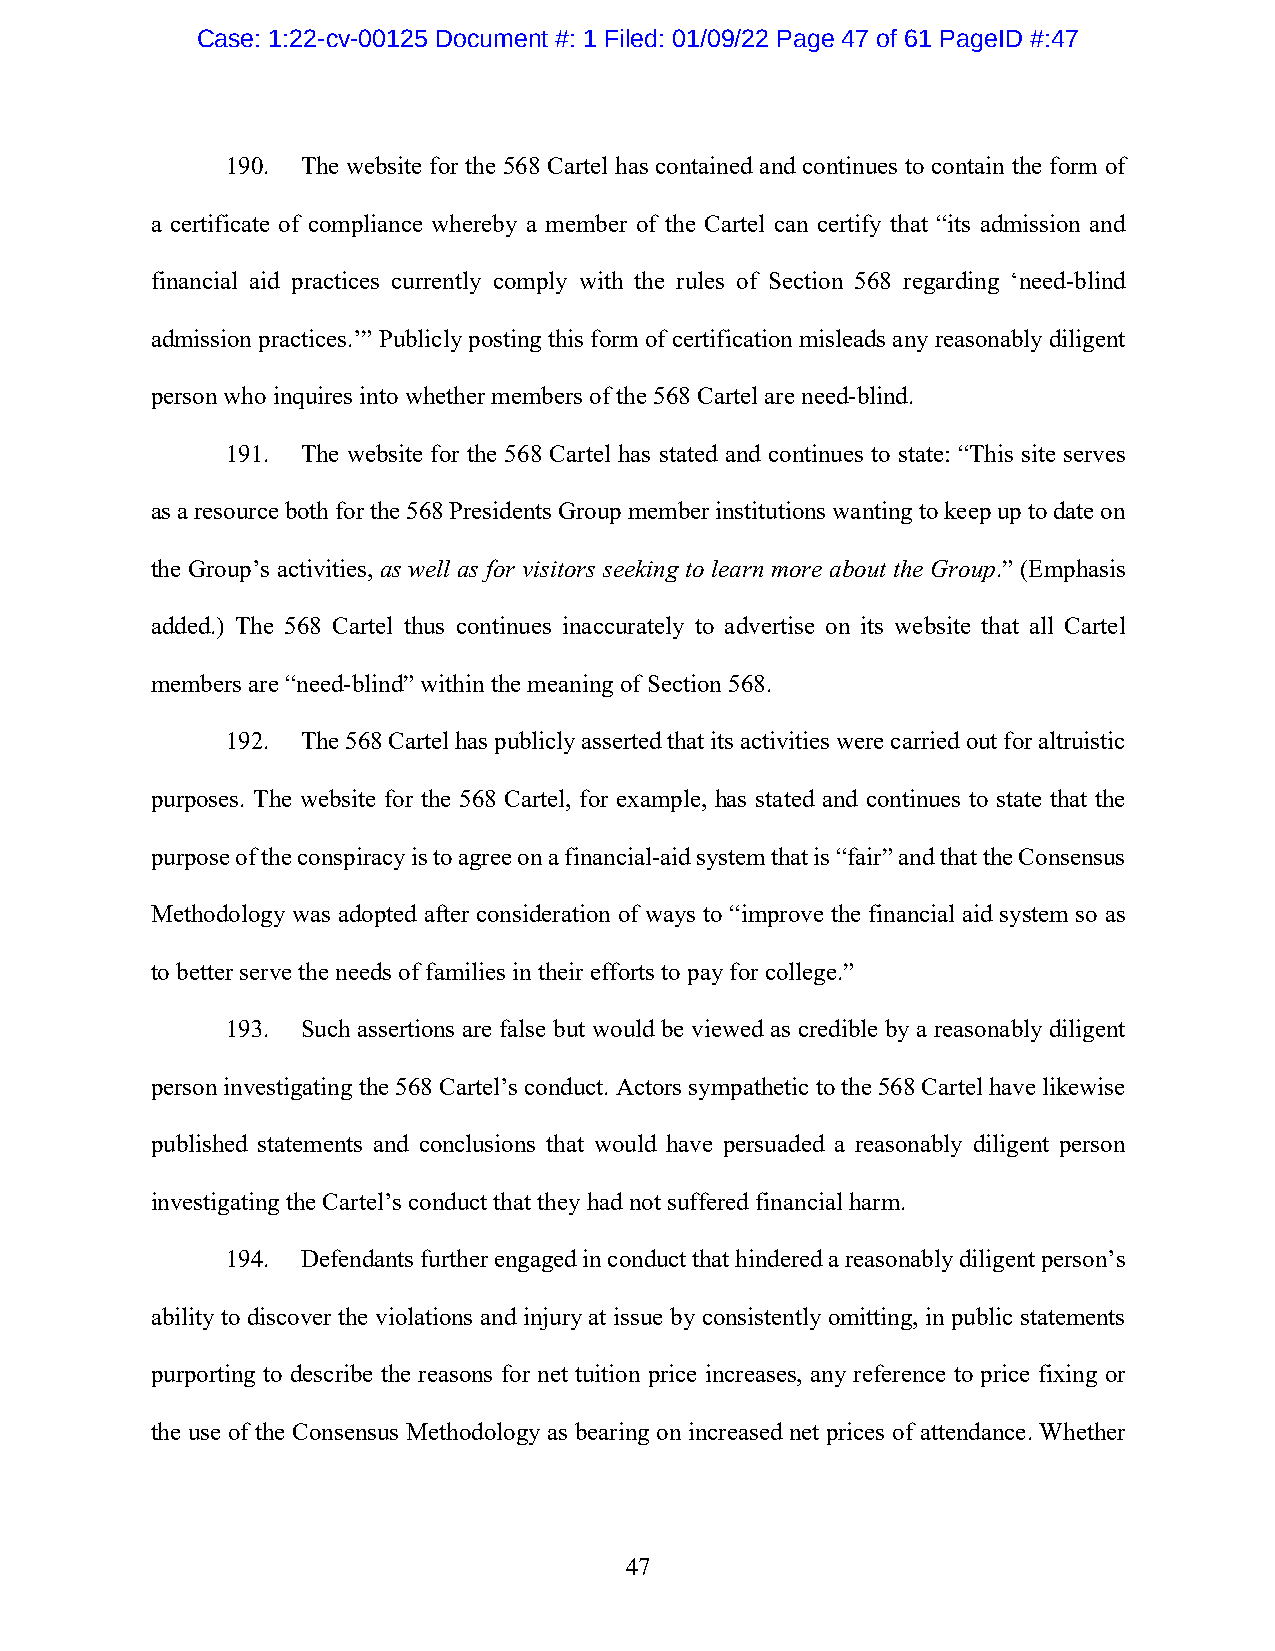
Case: 1:22-cv-00125 Document #: 1 Filed: 01/09/22 Page 47 of 61 PageID #:47
 190. The website for the 568 Cartel has contained and continues to contain the form of
 a certificate of compliance whereby a member of the Cartel can certify that “its admission and
 financial aid practices currently comply with the rules of Section 568 regarding ‘need-blind
 admission practices.’” Publicly posting this form of certification misleads any reasonably diligent
 person who inquires into whether members of the 568 Cartel are need-blind.
 191. The website for the 568 Cartel has stated and continues to state: “This site serves
 as a resource both for the 568 Presidents Group member institutions wanting to keep up to date on
 the Group’s activities, as well as for visitors seeking to learn more about the Group.” (Emphasis
 added.) The 568 Cartel thus continues inaccurately to advertise on its website that all Cartel
 members are “need-blind” within the meaning of Section 568.
 192. The 568 Cartel has publicly asserted that its activities were carried out for altruistic
 purposes. The website for the 568 Cartel, for example, has stated and continues to state that the
 purpose of the conspiracy is to agree on a financial-aid system that is “fair” and that the Consensus
 Methodology was adopted after consideration of ways to “improve the financial aid system so as
 to better serve the needs of families in their efforts to pay for college.”
 193. Such assertions are false but would be viewed as credible by a reasonably diligent
 person investigating the 568 Cartel’s conduct. Actors sympathetic to the 568 Cartel have likewise
 published statements and conclusions that would have persuaded a reasonably diligent person
 investigating the Cartel’s conduct that they had not suffered financial harm.
 194. Defendants further engaged in conduct that hindered a reasonably diligent person’s
 ability to discover the violations and injury at issue by consistently omitting, in public statements
 purporting to describe the reasons for net tuition price increases, any reference to price fixing or
 the use of the Consensus Methodology as bearing on increased net prices of attendance. Whether
 47